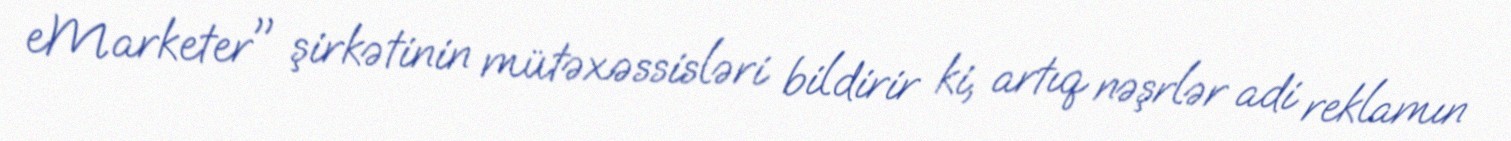
eMarketer" şirkətinin mütəxəssisləri bildirir ki, artıq nəşrlər adi reklamın